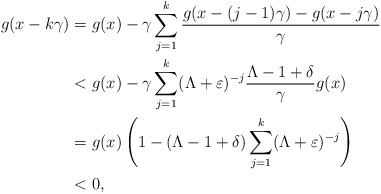
\begin{align*} g(x-k\gamma) & = g(x) - \gamma\sum_{j=1}^k \frac{g(x-(j-1)\gamma) - g(x-j\gamma)}{\gamma} \\ & < g(x) - \gamma \sum_{j=1}^k(\Lambda+\varepsilon)^{-j} \frac{\Lambda - 1+ \delta}{\gamma} g(x) \\ & = g(x) \left( 1 - (\Lambda - 1 + \delta) \sum_{j=1}^k(\Lambda+\varepsilon)^{-j} \right) \\ & < 0,\end{align*}